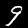
Digit: 9